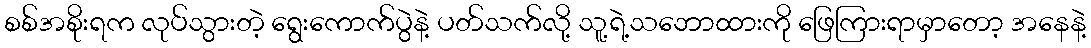
စစ်အစိုးရက လုပ်သွားတဲ့ ရွေးကောက်ပွဲနဲ့ ပတ်သက်လို့ သူ့ရဲ့သဘောထားကို ဖြေကြားရာမှာတော့ အနေနဲ့